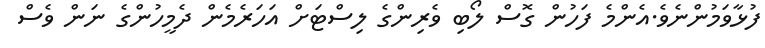
ފުޅާވަމުންނެވެ.އެންމެ ފަހުން ގޮސް ލޯބި ވެރިންގެ ލިސްޓަށް އަހަރެމެން ދެމީހުންގެ ނަން ވެސް